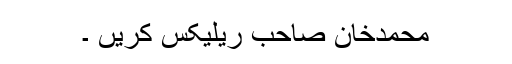
محمدخان صاحب ریلیکس کریں ۔